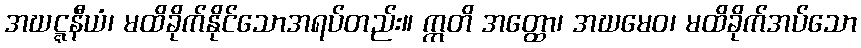
အဃဋ္ဋနီယံ၊ မထိခိုက်နိုင်သောအရပ်တည်း။ ဣတိ အတ္ထော၊ အဃမေဝ၊ မထိခိုက်အပ်သော